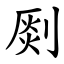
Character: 㓹